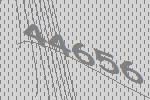
44656